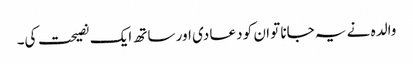
والدہ نے یہ جانا تو ان کو دعا دی اور ساتھ ایک نصیحت کی۔